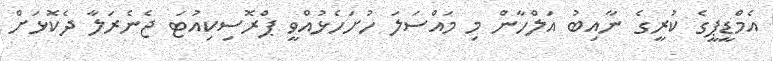
އެމްޑީޕީގެ ކުރީގެ ނާއިބު އަލްހާން މި މައްސަލަ ހުށަހެޅުއްވީ ޕްރޮސިކިއުޓަ ޖެނެރަލާ ދެކޮޅަށް